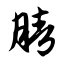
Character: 腈